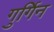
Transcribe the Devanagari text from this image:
गुर्गिन